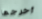
أخرجها